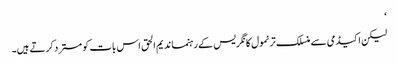
‘
لیکن اکیڈمی سے منسلک ترنمول کانگریس کے رہنما ندیم الحق اس بات کو مسترد کرتے ہیں۔